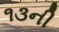
૧૩ની